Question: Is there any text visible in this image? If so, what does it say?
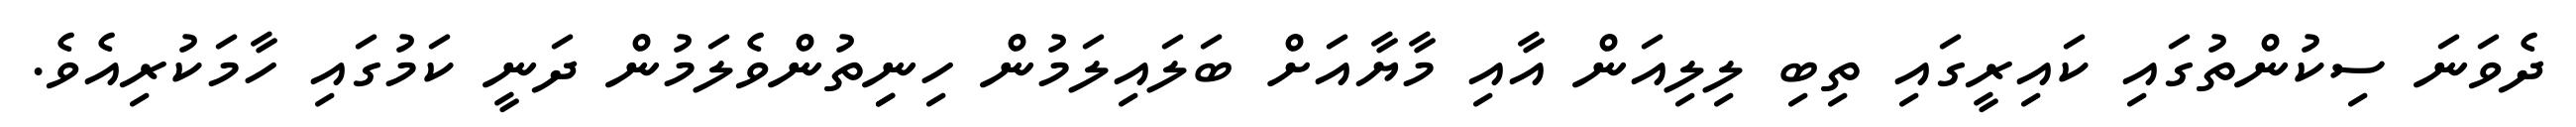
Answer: ދެވަނަ ސިކުންތުގައި ކައިރީގައި ތިބި ލިލިއަން އާއި މާޔާއަށް ބަލައިލަމުން ހިނިިތުންވެލަމުން ދަނީ ކަމުގައި ހާމަކުރިއެވެ.